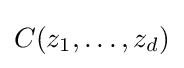
C(z_{1},\ldots ,z_{d})